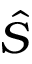
\hat { S }